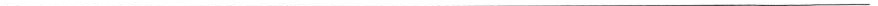
___